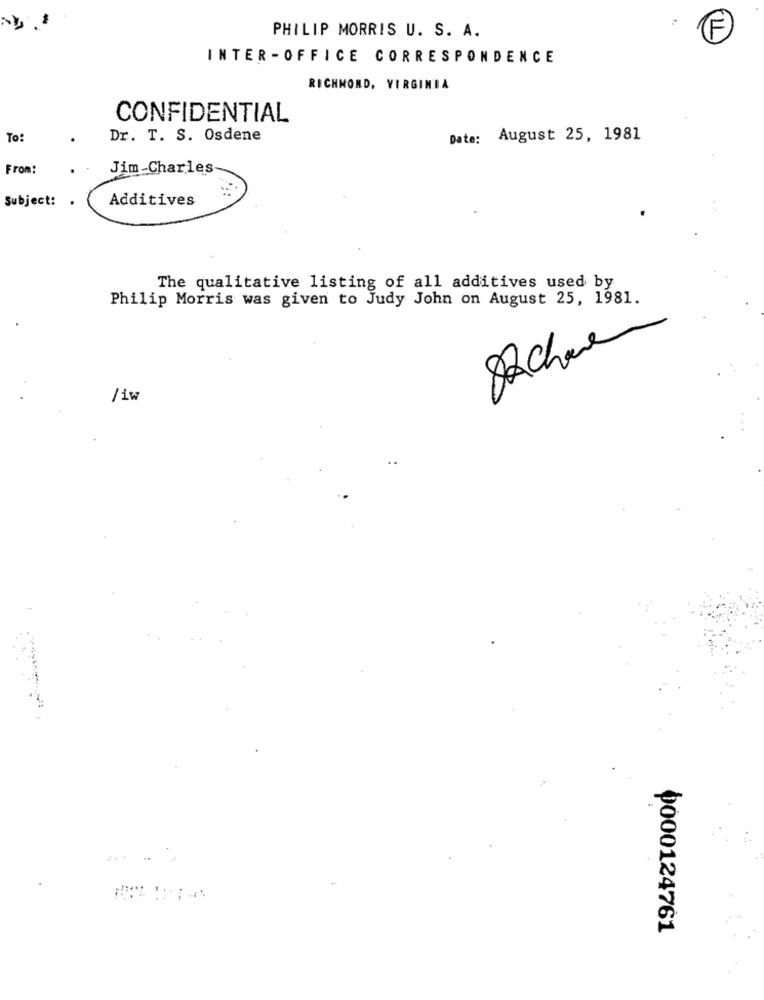
PHILIP MORRIS U. S. A.
INTER -OFFICE CORRESPONDENCE
RICHMOND, VIRGINIA
CONFIDENTIAL
To:
Dr. T. S. Osdene
Date: August 25, 1981
From:
Jim-Charles
Subject: .
Additives
The qualitative listing of all additives used by
Philip Morris was given to Judy John on August 25, 1981.
Schere
/1w
0000124761